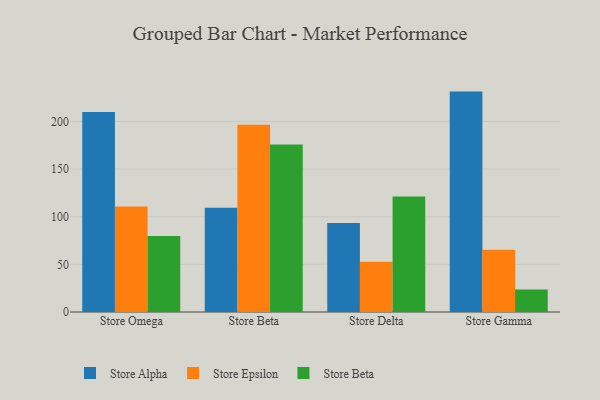
{"axis": {"x": "Store", "y": "Market Share (%)"}, "legend": ["Store Alpha", "Store Beta", "Store Epsilon"], "data": [{"x": "Store Omega", "y": 209.8, "type": "Store Alpha"}, {"x": "Store Omega", "y": 110.6, "type": "Store Epsilon"}, {"x": "Store Omega", "y": 79.7, "type": "Store Beta"}, {"x": "Store Beta", "y": 109.5, "type": "Store Alpha"}, {"x": "Store Beta", "y": 196.6, "type": "Store Epsilon"}, {"x": "Store Beta", "y": 175.9, "type": "Store Beta"}, {"x": "Store Delta", "y": 93.4, "type": "Store Alpha"}, {"x": "Store Delta", "y": 52.8, "type": "Store Epsilon"}, {"x": "Store Delta", "y": 121.1, "type": "Store Beta"}, {"x": "Store Gamma", "y": 231.3, "type": "Store Alpha"}, {"x": "Store Gamma", "y": 65.4, "type": "Store Epsilon"}, {"x": "Store Gamma", "y": 23.7, "type": "Store Beta"}]}